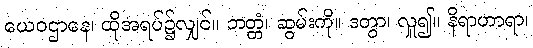
ယေဝဌာနေ၊ ထိုအရပ်၌လျှင်။ ဘတ္တံ၊ ဆွမ်းကို။ ဒတွာ၊ လှူ၍။ နိရာဟာရာ၊